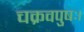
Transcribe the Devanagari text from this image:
चक्रवपुषः।